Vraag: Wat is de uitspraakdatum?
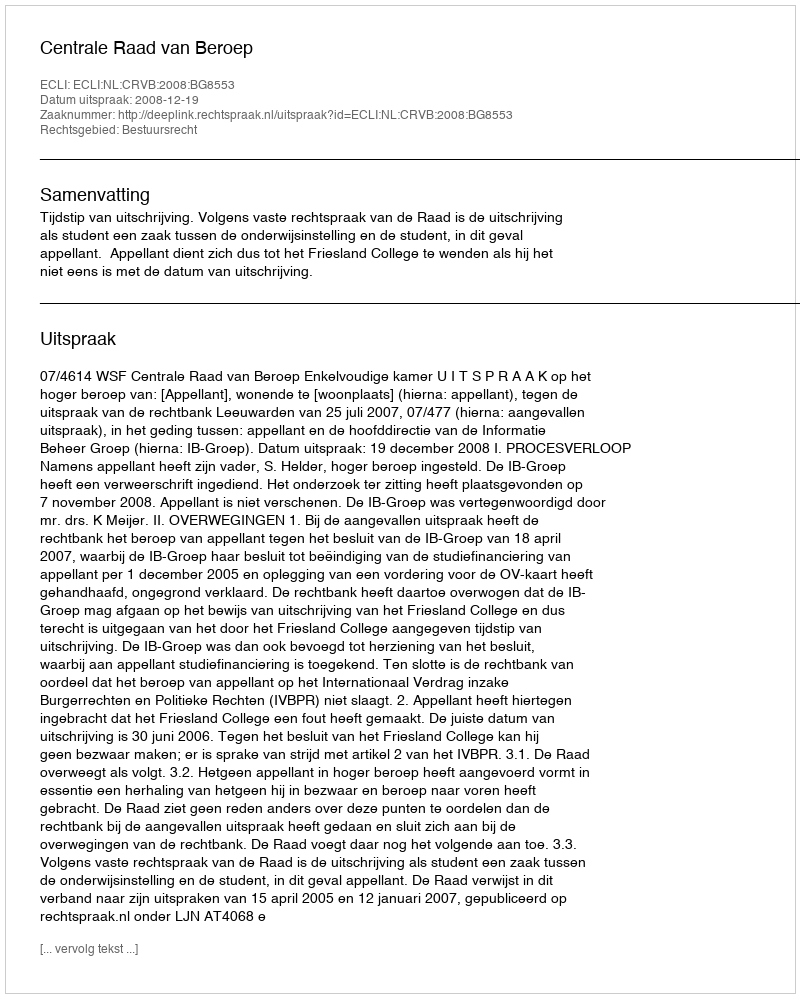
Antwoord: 2008-12-19